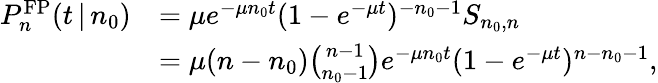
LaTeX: \begin{array}{rl}{P_{n}^{\mathrm{FP}}(t\, |\, n_{0})}&{=\mu e^{-\mu n_{0}t}(1-e^{-\mu t})^{-n_{0}-1}S_{n_{0},n}}\\ &{=\mu(n-n_{0}){\binom{n-1}{n_{0}-1}}e^{-\mu n_{0}t}(1-e^{-\mu t})^{n-n_{0}-1},}\end{array}